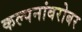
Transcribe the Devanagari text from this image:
कल्पनांबरोबर